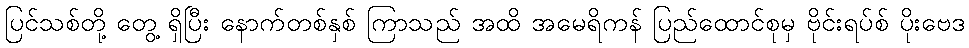
ပြင်သစ်တို့ တွေ့ ရှိပြီး နောက်တစ်နှစ် ကြာသည် အထိ အမေရိကန် ပြည်ထောင်စုမှ ဗိုင်းရပ်စ် ပိုးဗေဒ